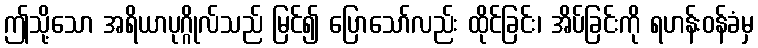
ဤသို့သော အရိယာပုဂ္ဂိုလ်သည် မြင်၍ ပြောသော်လည်း ထိုင်ခြင်း၊ အိပ်ခြင်းကို ရဟန်းဝန်ခံမှ